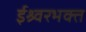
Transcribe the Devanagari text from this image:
ईश्र्वरभक्त